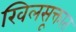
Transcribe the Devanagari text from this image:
खिलसूक्तात